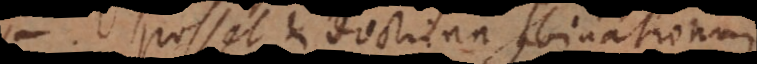
Posset et doctrina combinationum